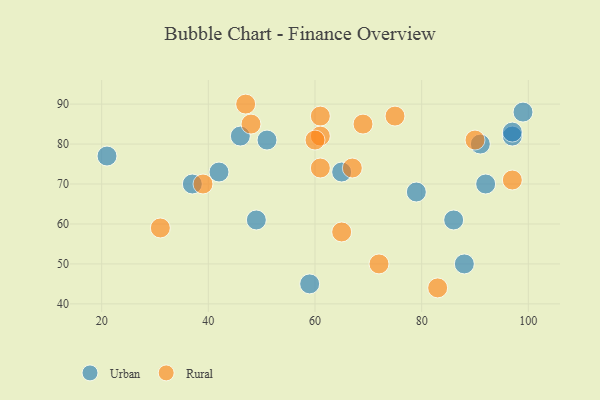
{"axis": {"x": "GDP", "y": "Life Expectancy"}, "legend": ["Rural", "Urban"], "data": [{"x": "42", "y": 73, "type": "Urban"}, {"x": "79", "y": 68, "type": "Urban"}, {"x": "91", "y": 80, "type": "Urban"}, {"x": "92", "y": 70, "type": "Urban"}, {"x": "97", "y": 82, "type": "Urban"}, {"x": "65", "y": 73, "type": "Urban"}, {"x": "51", "y": 81, "type": "Urban"}, {"x": "86", "y": 61, "type": "Urban"}, {"x": "37", "y": 70, "type": "Urban"}, {"x": "99", "y": 88, "type": "Urban"}, {"x": "46", "y": 82, "type": "Urban"}, {"x": "88", "y": 50, "type": "Urban"}, {"x": "97", "y": 83, "type": "Urban"}, {"x": "21", "y": 77, "type": "Urban"}, {"x": "59", "y": 45, "type": "Urban"}, {"x": "49", "y": 61, "type": "Urban"}, {"x": "75", "y": 87, "type": "Rural"}, {"x": "47", "y": 90, "type": "Rural"}, {"x": "61", "y": 74, "type": "Rural"}, {"x": "39", "y": 70, "type": "Rural"}, {"x": "90", "y": 81, "type": "Rural"}, {"x": "61", "y": 87, "type": "Rural"}, {"x": "61", "y": 82, "type": "Rural"}, {"x": "48", "y": 85, "type": "Rural"}, {"x": "97", "y": 71, "type": "Rural"}, {"x": "60", "y": 81, "type": "Rural"}, {"x": "65", "y": 58, "type": "Rural"}, {"x": "83", "y": 44, "type": "Rural"}, {"x": "67", "y": 74, "type": "Rural"}, {"x": "69", "y": 85, "type": "Rural"}, {"x": "31", "y": 59, "type": "Rural"}, {"x": "72", "y": 50, "type": "Rural"}]}